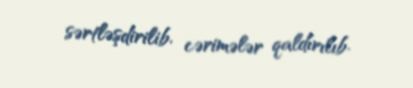
sərtləşdirilib, cərimələr qaldırılıb.